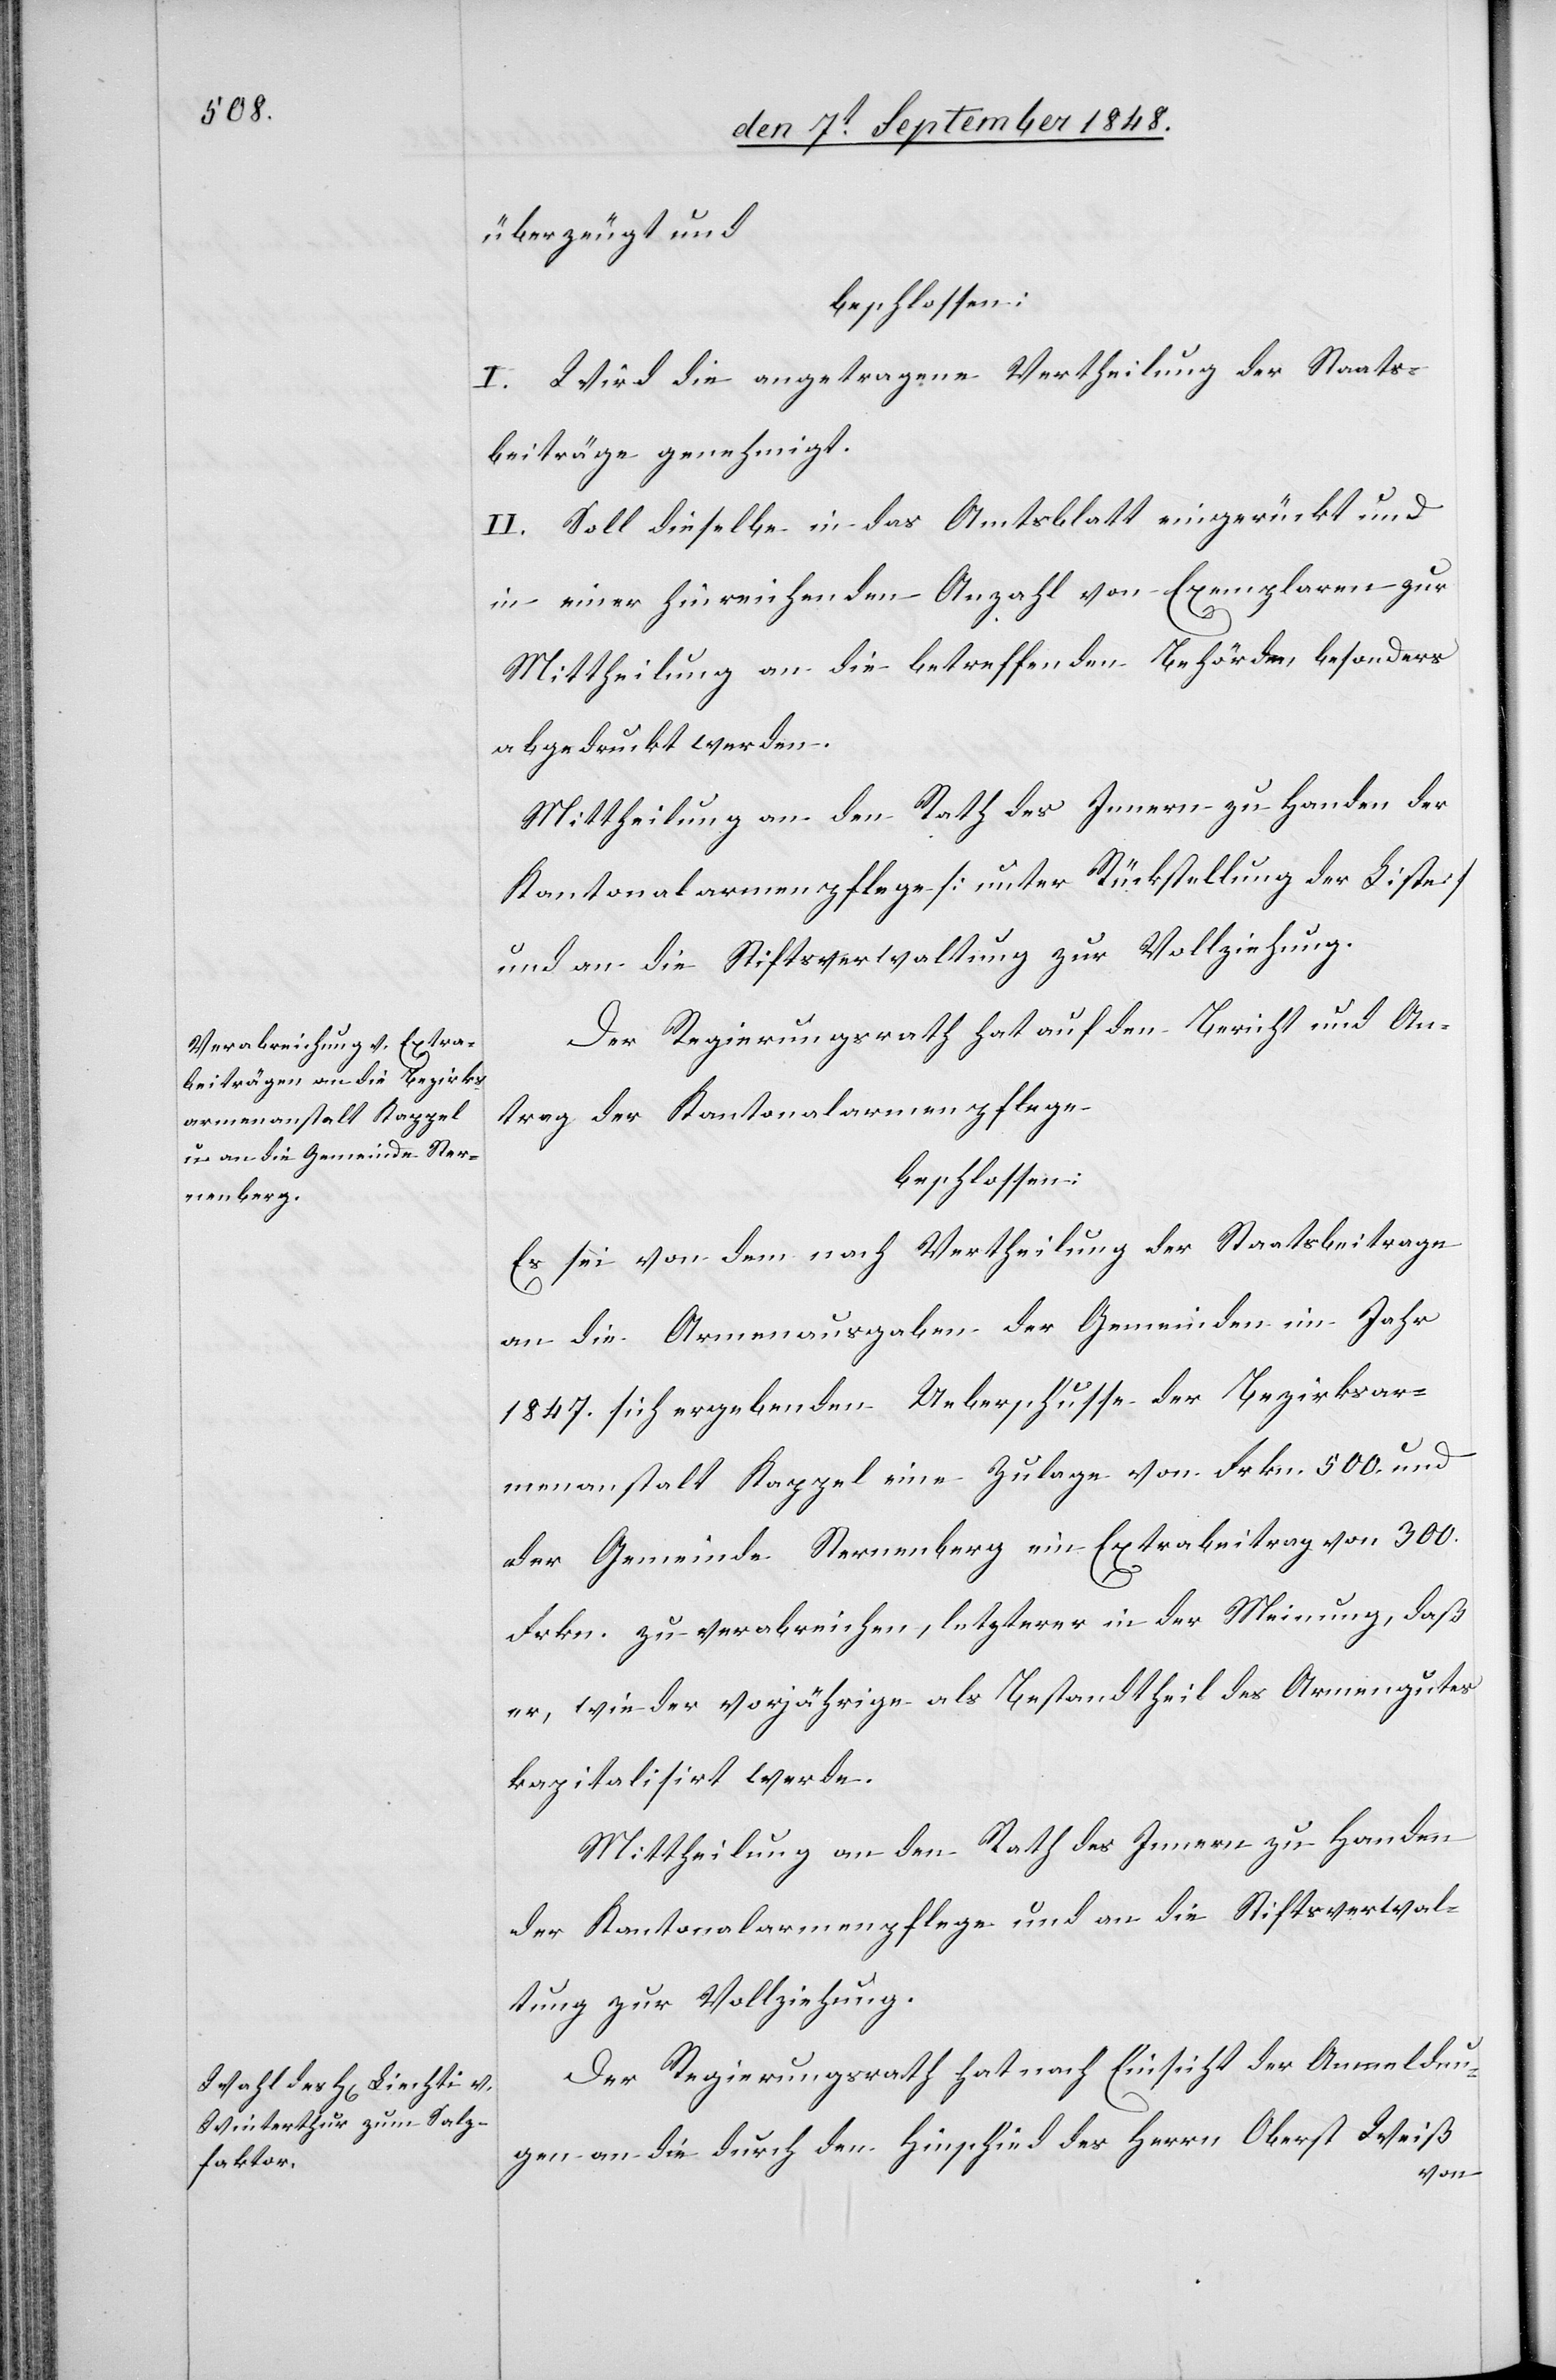
überzeugt und
beschlossen:
I. Wird die angetragene Vertheilung der Staats¬
beiträge genehmigt.
II. Soll dieselbe in das Amtblatt eingerückt und
in einer hinreichenden Anzahl von Exemplaren zur
Mittheilung an die betreffenden Behörden, besonders
abgedruckt werden.
Mittheilung an den Rath des Innern zu Handen der
Kantonalarmenpflege [unter Rückstellung der Liste]
und an die Stiftsverwaltung zur Vollziehung.
Der Regierungsrath hat auf den Bericht und An¬
trag der Kantonalarmenpflege
beschlossen:
Es sei von dem nach Vertheilung der Staatsbeitrage
an die Armenausgaben der Gemeinden im Jahr
1847. sich ergebenden Ueberschusse der Bezirksar¬
menanstalt Kappel ein Zulage von Frkn. 500. und
der Gemeinde Sternenberg ein Extrabeitrag von 300.
Frkn. zu verabreichen, letzterer in der Meinung, daß
er, wie der vorjährige als Bestandtheil des Armengutes
kapitalisirt werde.
Mittheilung an den Rath des Innern zu Handen
der Kantonalarmenpflege und an die Stiftsverwal¬
tung zur Vollziehung.
Der Regierungsrath hat nach Einsicht der Anmeldun¬
gen an die durch den Hinschied des Herrn, Oberst Weiß